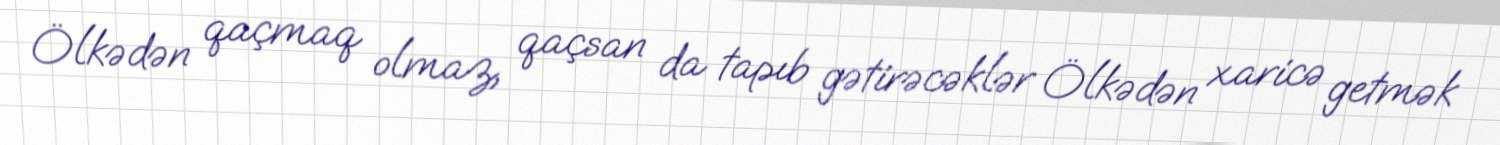
Ölkədən qaçmaq olmaz, qaçsan da tapıb gətirəcəklər Ölkədən xaricə getmək